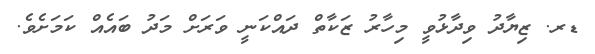
ޑރ. ޒިޔާދު ވިދާޅުވީ މިހާރު ޒަކާތް ދައްކަނީ ވަރަށް މަދު ބައެއް ކަމަށެވެ.